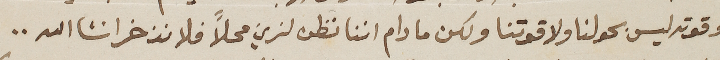
وقوته ليس بحولنا ولا قوتنا ولكن ما دام اننا نظن لزين محلاً فلا نذخر انشا الله..